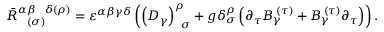
\bar { R } _ { \; \; \; ( \sigma ) } ^ { \alpha \beta \; \; \; \delta ( \rho ) } = \varepsilon ^ { \alpha \beta \gamma \delta } \left( \left( D _ { \gamma } \right) _ { \; \; \sigma } ^ { \rho } + g \delta _ { \sigma } ^ { \rho } \left( \partial _ { \tau } B _ { \gamma } ^ { \; ( \tau ) } + B _ { \gamma } ^ { \; ( \tau ) } \partial _ { \tau } \right) \right) .